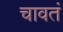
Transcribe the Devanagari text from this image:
चावतं